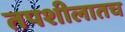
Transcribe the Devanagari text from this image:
तपशीलातच